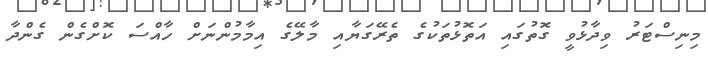
މިނިސްޓަރު ވިދާޅުވީ ގޮތުގައި އަތޮޅުތަކުގެ ތެރޭގަޔާއި މާލޭގެ އިމާމުންނަށް ހާއްސަ ކޮށްގެން ގެންދާ